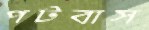
পটবাস